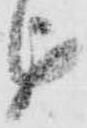
を